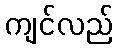
ကျင်လည်